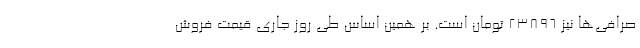
صرافی‌ها نیز 23896 تومان است. بر همین‌ اساس طی روز جاری قیمت فروش